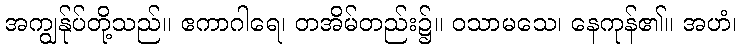
အကျွန်ုပ်တို့သည်။ ဧကာဂါရေ၊ တအိမ်တည်း၌။ ဝသာမသေ၊ နေကုန်၏။ အဟံ၊